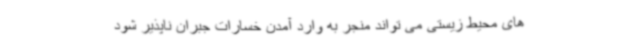
های محیط زیستی می تواند منجر به وارد آمدن خسارات جبران ناپذیر شود